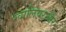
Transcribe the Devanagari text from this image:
ग्वालियरऔर